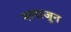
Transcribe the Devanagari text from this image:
नावाजून